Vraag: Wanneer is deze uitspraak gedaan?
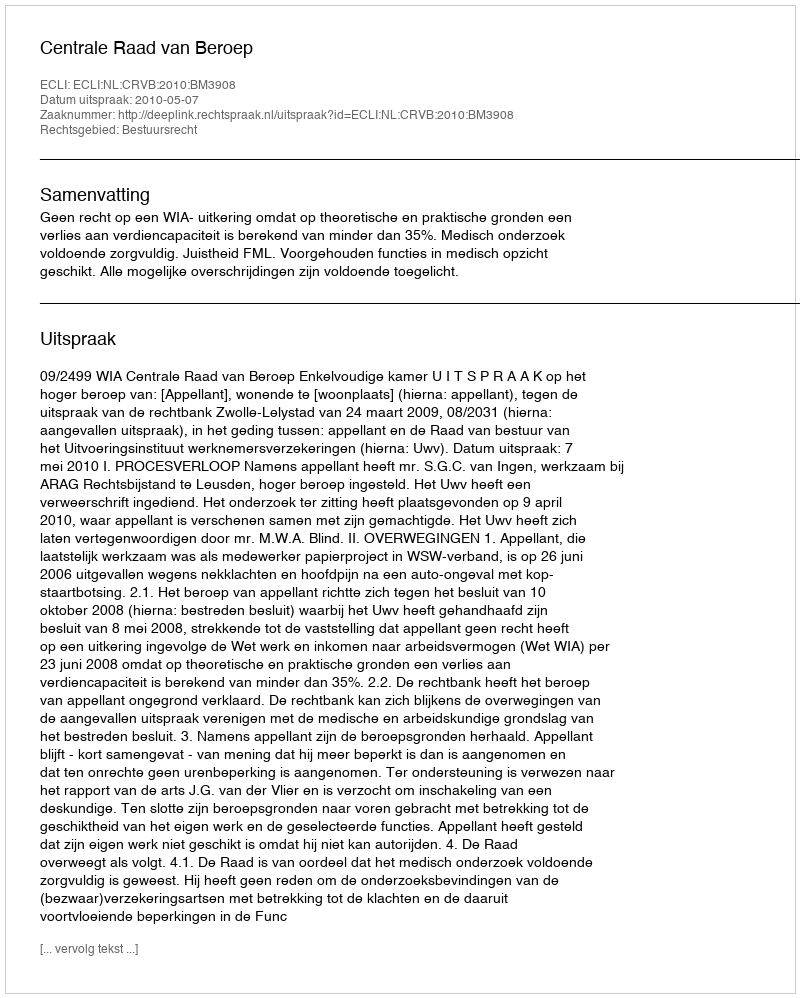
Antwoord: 2010-05-07